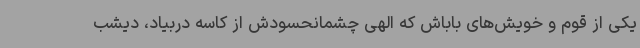
یکی از قوم و خویش‌های باباش که الهی چشمانحسودش از کاسه دربیاد، دیشب